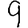
Digit: 9